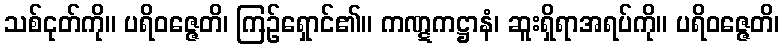
သစ်ငုတ်ကို။ ပရိဝဇ္ဇေတိ၊ ကြဉ်ရှောင်၏။ ကဏ္ဋကဋ္ဌာနံ၊ ဆူးရှိရာအရပ်ကို။ ပရိဝဇ္ဇေတိ၊